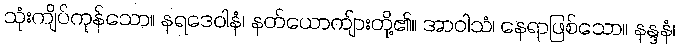
သုံးကျိပ်ကုန်သော။ နရဒေဝါနံ၊ နတ်ယောကျ်ားတို့၏။ အာဝါသံ၊ နေရာဖြစ်သော။ နန္ဒနံ၊